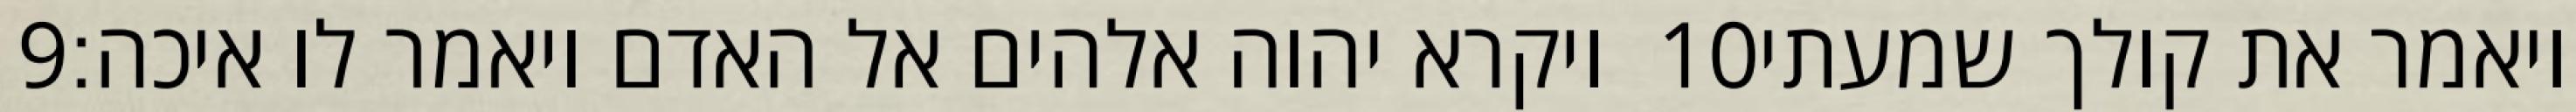
‎9‏ ויקרא יהוה אלהים אל האדם ויאמר לו איכה׃ ‎10‏ ויאמר את קולך שמעתי